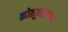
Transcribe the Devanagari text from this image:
कोतकुलन्ङरा